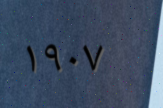
١٩٠٧